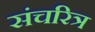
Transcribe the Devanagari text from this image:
संचरित्र